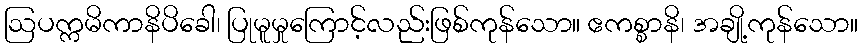
ဩပက္ကမိကာနိပိခေါ၊ ပြုမူမှုကြောင့်လည်းဖြစ်ကုန်သော။ ဧကစ္စာနိ၊ အချို့ကုန်သော။